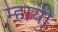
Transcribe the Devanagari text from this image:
म्हायी